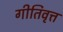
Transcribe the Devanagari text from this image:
गीतिवृत्त